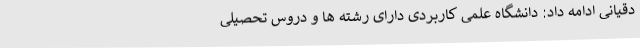
دقیانی ادامه داد: دانشگاه علمی کاربردی دارای رشته ها و دروس تحصیلی